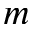
m